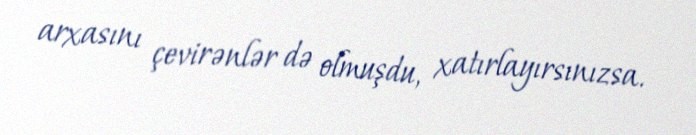
arxasını çevirənlər də olmuşdu, xatırlayırsınızsa.